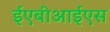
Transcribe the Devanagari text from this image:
ईएबीआईएस